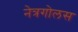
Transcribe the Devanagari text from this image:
नेत्रगोलस